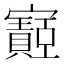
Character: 𫴡